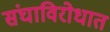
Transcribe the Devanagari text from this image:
संघाविरोधात